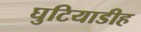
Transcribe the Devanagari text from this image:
घुटियाडीह